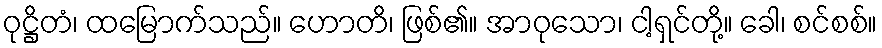
ဝုဋ္ဌိတံ၊ ထမြောက်သည်။ ဟောတိ၊ ဖြစ်၏။ အာဝုသော၊ ငါ့ရှင်တို့။ ခေါ၊ စင်စစ်။